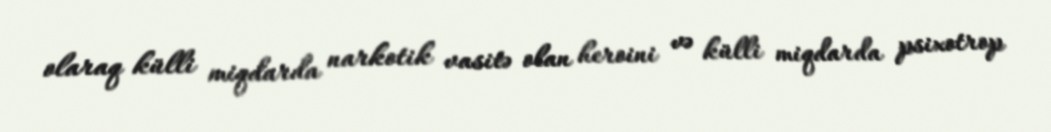
olaraq külli miqdarda narkotik vasitə olan heroini və külli miqdarda psixotrop